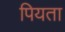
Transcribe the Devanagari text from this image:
पियता